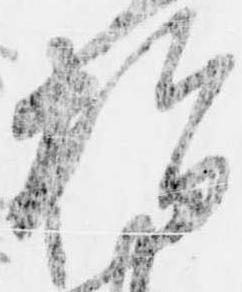
指